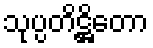
သုပ္ပတိဋ္ဌိတော